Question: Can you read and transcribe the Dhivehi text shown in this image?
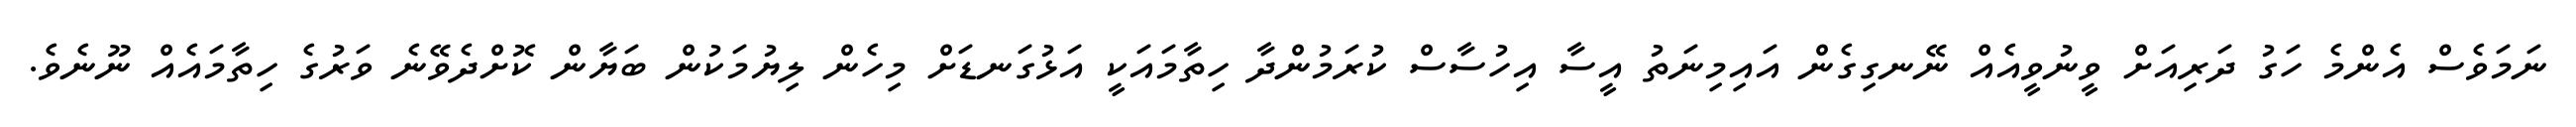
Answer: ނަމަވެސް އެންމެ ހަގު ދަރިއަށް ވީނުވީއެއް ނޭނގިގެން އައިމިނަތު އީސާ އިހުސާސް ކުރަމުންދާ ހިތާމައަކީ އަޅުގަނޑަށް މިހެން ލިޔުމަކުން ބަޔާން ކޮށްދެވޭނެ ވަރުގެ ހިތާމައެއް ނޫނެވެ.